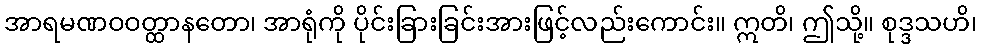
အာရမဏဝဝတ္ထာနတော၊ အာရုံကို ပိုင်းခြားခြင်းအားဖြင့်လည်းကောင်း။ ဣတိ၊ ဤသို့။ စုဒ္ဒသဟိ၊